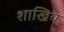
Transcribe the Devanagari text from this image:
शाखिय